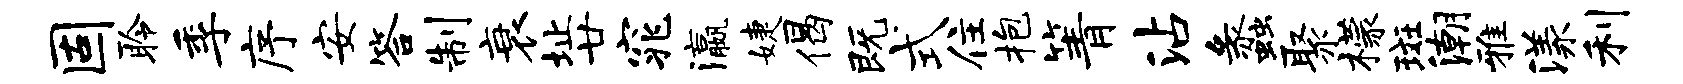
固聆季序安答制衰址廿窕瀛婕偈既式住抱箐沾蠡聚檬斑潮雅漾利